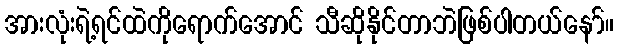
အားလုံးရဲ့ရင်ထဲကိုရောက်အောင် သီဆိုနိုင်တာဘဲဖြစ်ပါတယ်နော်။